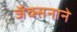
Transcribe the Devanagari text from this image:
जॅक्सनाने